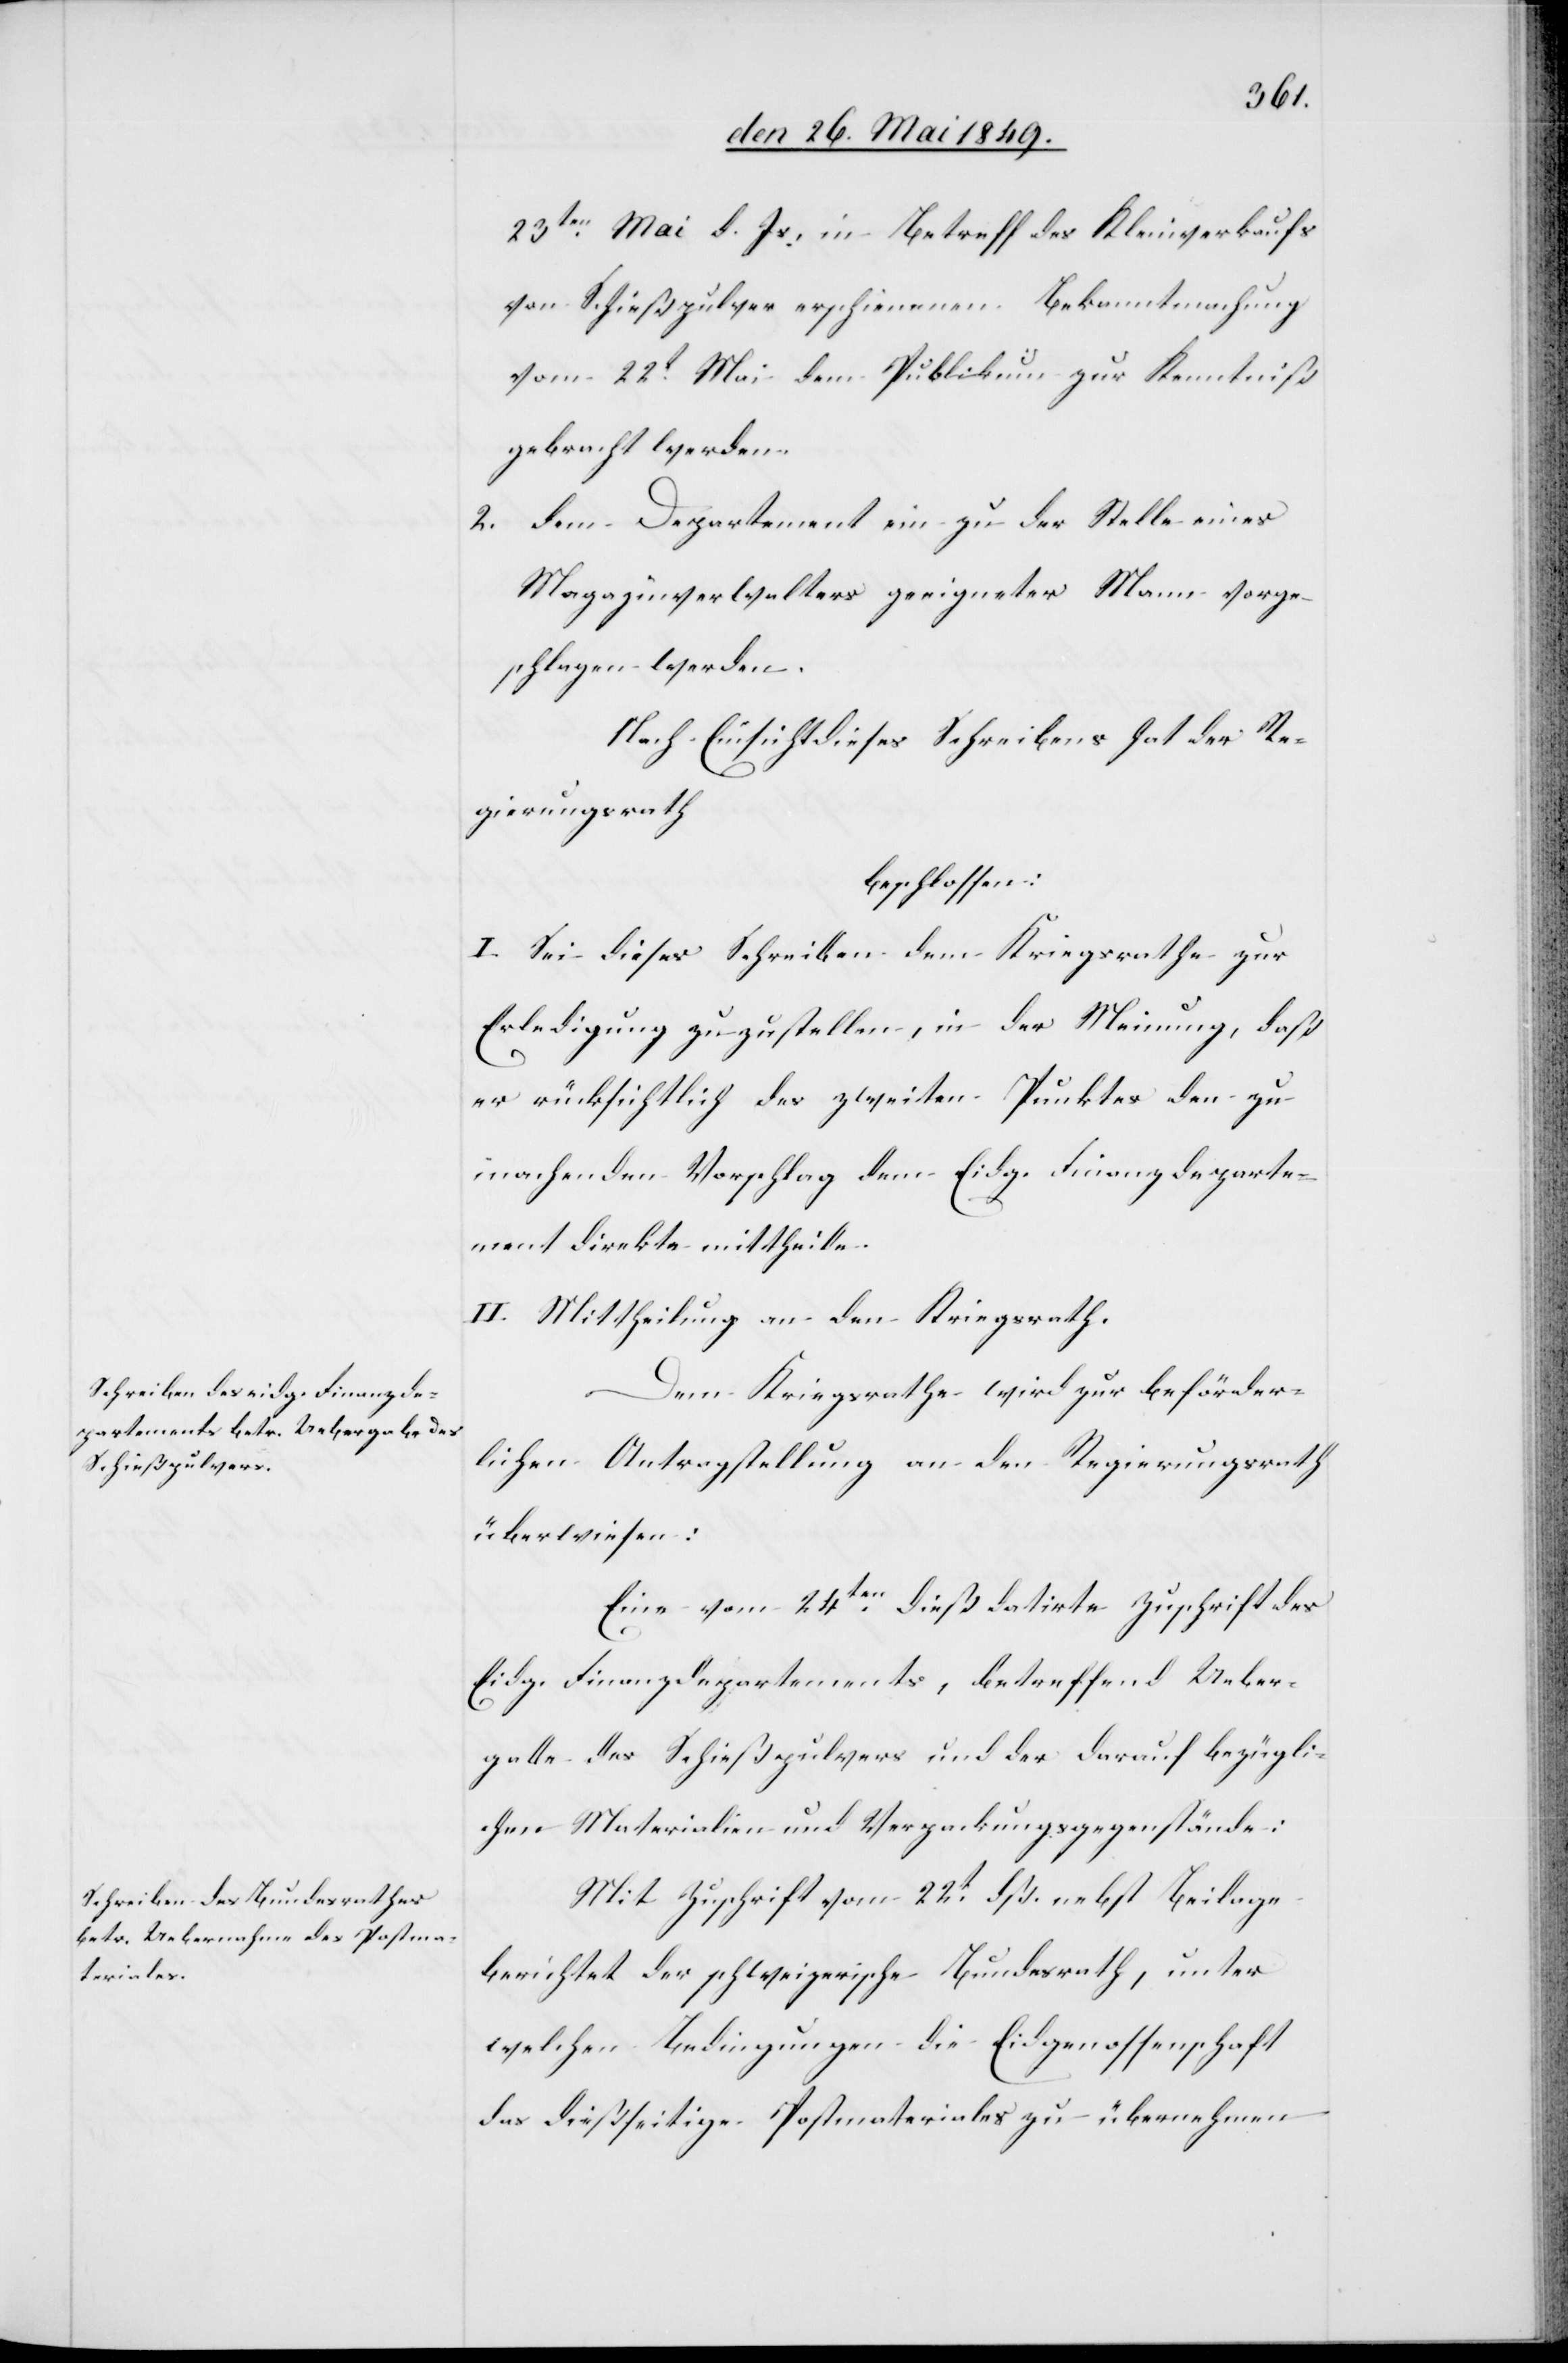
23ten Mai d. Js. in Betreff des Kleinverkaufs
von Schießpulver erschienenen Bekanntmachung
vom 22t Mai dem Publikum zur Kenntniß
gebracht werden.
2. dem Departement ein zu der Stelle eines
Magazinverwalters geeigneter Mann vorge¬
schlagen werden.
Nach Einsicht dieses Schreibens hat der Re¬
gierungsrath
beschlossen:
I. Sei dieses Schreiben dem Kriegsrathe zur
Erledigung zuzustellen, in der Meinung, daß
er rücksichtlich des zweiten Punktes den zu
machenden Vorschlag dem Eidg. Finanzdeparte¬
ment direkte mittheile.
II. Mittheilung an den Kriegsrath.
Dem Kriegsrathe wird zur beförder¬
lichen Antragstellung an den Regierungsrath
überwiesen:
Eine vom 24ten dieß datirte Zuschrift des
Eidg. Finanzdepartements, betreffend Ueber¬
gabe des Schießpulvers und der darauf bezügli¬
chen Materialien und Vepackungsgegenstände:
Mit Zuschrift vom 22t dß. nebst Beilage
berichtet der schweizerische Bundesrath, unter
welchen Bedingungen die Eidgenossenschaft
das dießseitige Postmateriales zu übernehmen